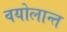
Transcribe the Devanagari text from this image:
वयोलान्त